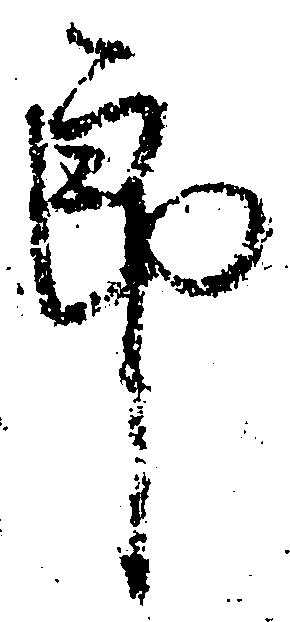
郎